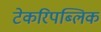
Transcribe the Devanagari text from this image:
टेकरिपब्लिक